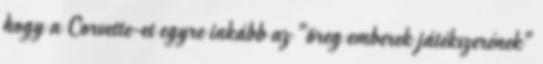
hogy a Corvette-et egyre inkább az "öreg emberek játékszerének"